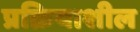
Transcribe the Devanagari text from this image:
प्रक्रियाशील